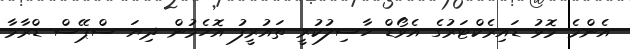
އެންމެ މޮޅު ޑައިރެކްޓަރުގެ އެވޯޑް ހާސިލުކުރީ ތައުރީފު އޮހެމުން ދިޔަ ސްޕޭސް ޑްރާމާ